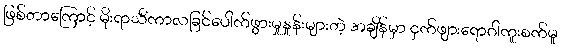
ဖြစ်တာကြောင့် မိုးရာသီကာလခြင်ပေါက်ဖွားမှုနှုန်းများတဲ့ အချိန်မှာ ငှက်ဖျားရောဂါကူးစက်မှု